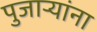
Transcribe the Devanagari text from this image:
पुजाऱ्यांना